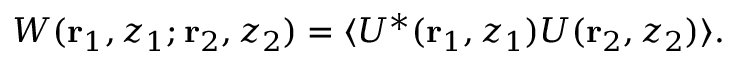
W ( { \bf r } _ { 1 } , z _ { 1 } ; { \bf r } _ { 2 } , z _ { 2 } ) = { \langle } U ^ { \ast } ( { \bf r } _ { 1 } , z _ { 1 } ) U ( { \bf r } _ { 2 } , z _ { 2 } ) { \rangle } .